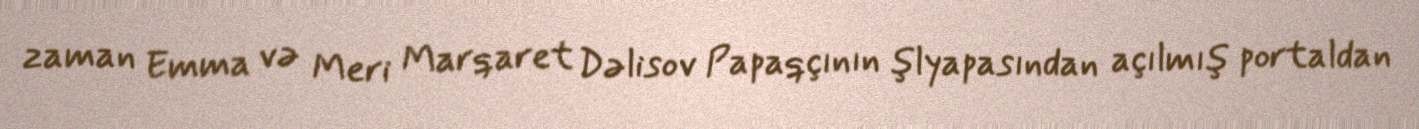
zaman Emma və Meri Marqaret Dəlisov Papaqçının şlyapasından açılmış portaldan